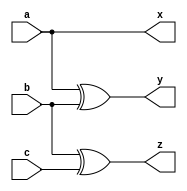
module grey_3(
    input a,
    input b,
    input c,
    output x,
    output y,
    output z
    );
    
    assign x = a;
    assign y= a^b;
    assign z= b^c;
    
endmodule